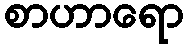
စာဟာရော